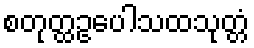
စတုတ္ထဥပေါသထသုတ္တံ